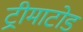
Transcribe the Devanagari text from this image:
ट्रीमाटोड